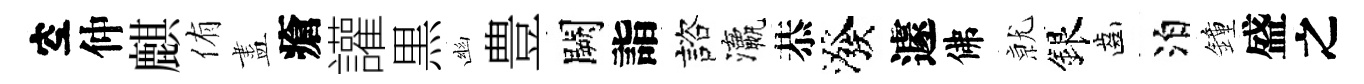
空仲麒侑盡瘡讙黒幽豊闕詣諮瀛恭潑遽佛𭕒銀齒泊鐘盛之